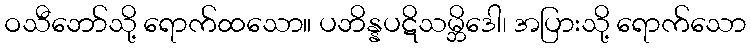
ဝသီဘော်သို့ ရောက်ထသော။ ပဘိန္နပဋိသမ္ဘိဒေါ၊ အပြားသို့ ရောက်သော